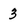
Character: 3